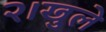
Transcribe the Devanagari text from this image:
२।खुले